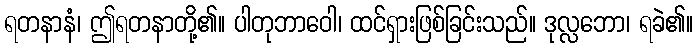
ရတနာနံ၊ ဤရတနာတို့၏။ ပါတုဘာဝေါ၊ ထင်ရှားဖြစ်ခြင်းသည်။ ဒုလ္လဘော၊ ရခဲ၏။